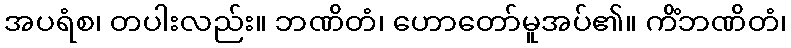
အပရံစ၊ တပါးလည်း။ ဘဏိတံ၊ ဟောတော်မူအပ်၏။ ကိံဘဏိတံ၊